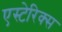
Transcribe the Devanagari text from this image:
एस्टेरिक्स